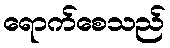
ရောက်စေသည်